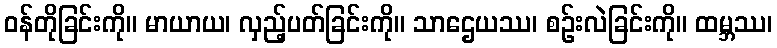
ဝန်တိုခြင်းကို။ မာယာယ၊ လှည့်ပတ်ခြင်းကို။ သာဌေယဿ၊ စဉ်းလဲခြင်းကို။ ထမ္ဘဿ၊